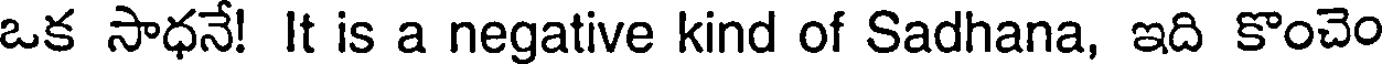
ఒక సాధనే! It is a negative kind of Sadhana, ఇది కొంచెం